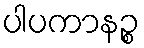
ပါပကာနဉ္စ